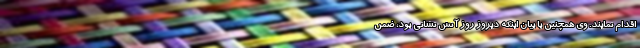
اقدام نمایند. وی همچنین با بیان اینکه دیروز روز آتش نشانی بود، ضمن